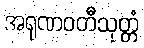
အရုဏဝတီသုတ္တံ